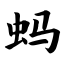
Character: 蚂